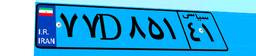
۱۴D۸۴۹۹۰